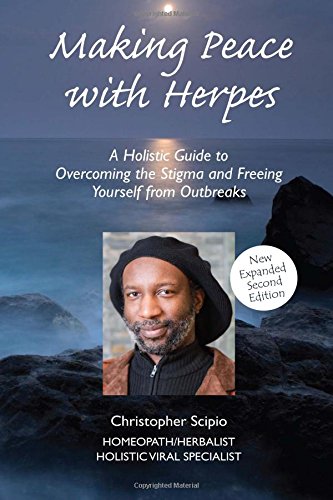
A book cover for Making Peace With Herpes (New Edition); Christopher Scipio; Health, Fitness & Dieting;